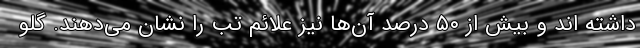
داشته اند و بیش از ۵۰ درصد آن‌ها نیز علائم تب را نشان می‌دهند. گلو